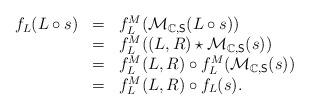
LaTeX: \begin{align*}\begin{array}{lll}f_L(L\circ s)&=&f^M_L(\mathcal{M}_{\mathbb{C},\mathsf{S}}(L\circ s))\\&=&f^M_L((L,R)\star\mathcal{M}_{\mathbb{C},\mathsf{S}}(s))\\&=&f^M_L(L,R)\circ f^M_L(\mathcal{M}_{\mathbb{C},\mathsf{S}}(s))\\&=&f^M_{L}(L,R)\circ f_L(s).\end{array}\end{align*}